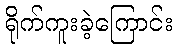
ရိုက်ကူးခဲ့ကြောင်း